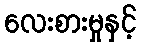
လေးစားမှုနှင့်